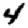
Digit: 4